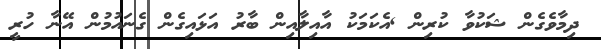
ދިމާވެގެން ޝަކުވާ ކުރިން